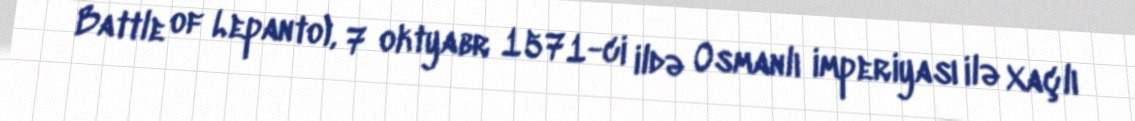
Battle of Lepanto), 7 oktyabr 1571-ci ildə Osmanlı imperiyası ilə Xaçlı